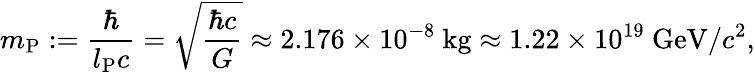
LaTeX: m_{\mathrm{P}}:=\frac{\hbar}{l_{\mathrm{P}}c}=\sqrt{\frac{\hbar c}{G}}\approx 2.176\times 10^{-8}\ \mathrm{kg}\approx 1.22\times 10^{19}\ \mathrm{GeV}/c^{2},